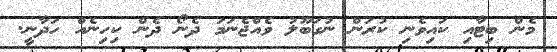
މެން ބިޓާއި ކައިވެނި ކުރަން ނުގަބޫލު ވެއްޖެނަމަ ދެނޯ ދެން ކިހިނެއް ހަދާނީ.